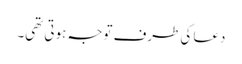
دعا کی طرف توجہ ہوتی تھی۔